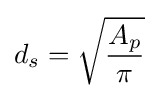
d_{s}={\sqrt {\frac {A_{p}}{\pi }}}